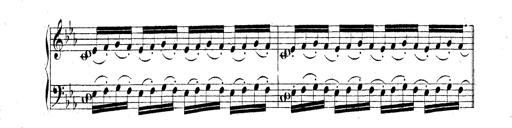
Title: Technische Studien
Composer: Franz Liszt